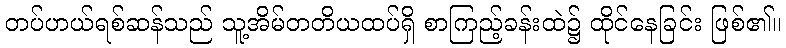
တပ်ဟယ်ရစ်ဆန်သည် သူ့အိမ်တတိယထပ်ရှိ စာကြည့်ခန်းထဲ၌ ထိုင်နေခြင်း ဖြစ်၏။